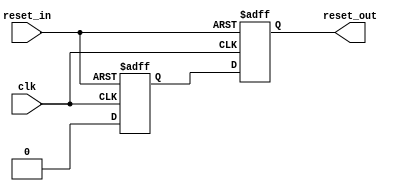
`timescale 1ns / 1ps
//////////////////////////////////////////////////////////////////////////////////
// Company: 
// Engineer: 
// 
// Design Name: 
// Module Name:    reset_sync 
// Project Name: 
// Target Devices: 
// Tool versions: 
// Description: 
//
// Synchronises an async reset signal to the clock, asserting it for a minimum
// of 2 clock cycles.
//
// Dependencies: 
//
// Revision: 
// Revision 0.01 - File Created
// Additional Comments: 
//
//////////////////////////////////////////////////////////////////////////////////
module reset_sync
  (input clk,
   input reset_in,
   output reg reset_out);

   reg 	      reset_int;

   always @(posedge clk or posedge reset_in)
     if(reset_in)
       {reset_out,reset_int} <= 2'b11;
     else
       {reset_out,reset_int} <= {reset_int,1'b0};
   

endmodule